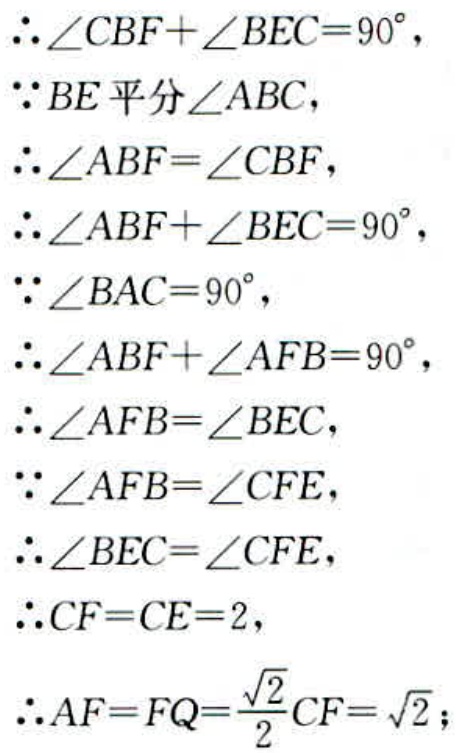
\(\therefore \angle CBF+\angle BEC = 90^{\circ},\)
\(\because BE\text{ 平分 }\angle ABC,\)
\(\therefore \angle ABF=\angle CBF,\)
\(\therefore \angle ABF+\angle BEC = 90^{\circ},\)
\(\because \angle BAC = 90^{\circ},\)
\(\therefore \angle ABF+\angle AFB = 90^{\circ},\)
\(\therefore \angle AFB=\angle BEC,\)
\(\because \angle AFB=\angle CFE,\)
\(\therefore \angle BEC=\angle CFE,\)
\(\therefore CF = CE = 2,\)
\(\therefore AF = FQ=\frac{\sqrt{2}}{2}CF=\sqrt{2};\)